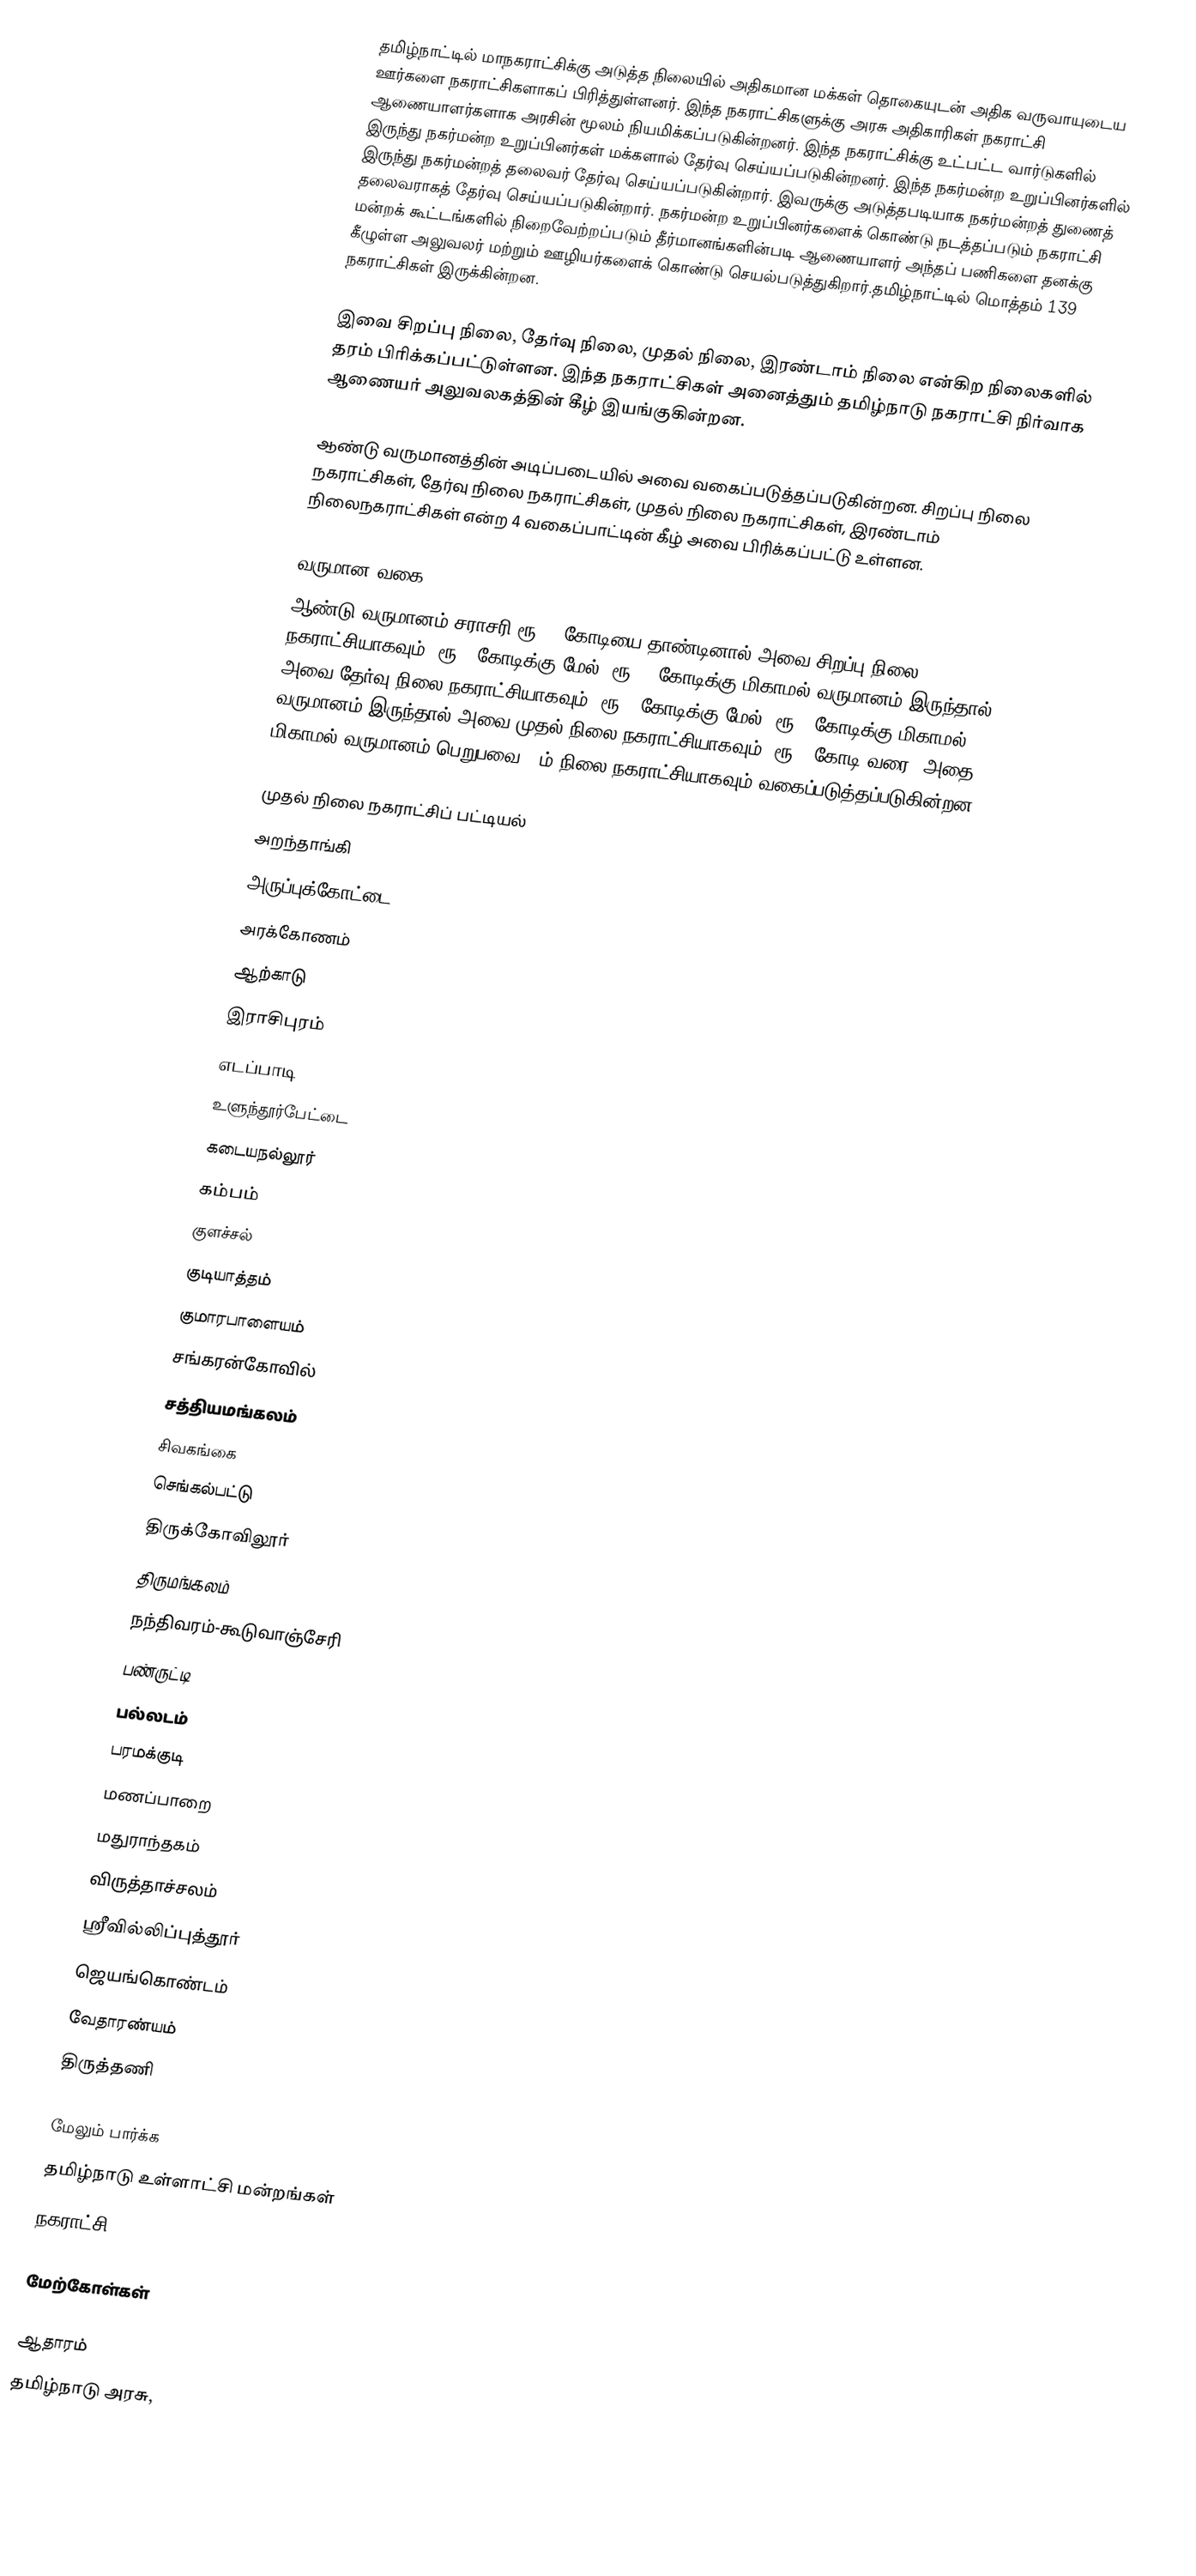
தமிழ்நாட்டில் மாநகராட்சிக்கு அடுத்த நிலையில் அதிகமான மக்கள் தொகையுடன் அதிக வருவாயுடைய ஊர்களை நகராட்சிகளாகப் பிரித்துள்ளனர். இந்த நகராட்சிகளுக்கு அரசு அதிகாரிகள் நகராட்சி ஆணையாளர்களாக அரசின் மூலம் நியமிக்கப்படுகின்றனர். இந்த நகராட்சிக்கு உட்பட்ட வார்டுகளில் இருந்து நகர்மன்ற உறுப்பினர்கள் மக்களால் தேர்வு செய்யப்படுகின்றனர். இந்த நகர்மன்ற உறுப்பினர்களில் இருந்து நகர்மன்றத் தலைவர் தேர்வு செய்யப்படுகின்றார். இவருக்கு அடுத்தபடியாக நகர்மன்றத் துணைத் தலைவராகத் தேர்வு செய்யப்படுகின்றார். நகர்மன்ற உறுப்பினர்களைக் கொண்டு நடத்தப்படும் நகராட்சி மன்றக் கூட்டங்களில் நிறைவேற்றப்படும் தீர்மானங்களின்படி ஆணையாளர் அந்தப் பணிகளை தனக்கு கீழுள்ள அலுவலர் மற்றும் ஊழியர்களைக் கொண்டு செயல்படுத்துகிறார்.தமிழ்நாட்டில் மொத்தம் 139 நகராட்சிகள் இருக்கின்றன.

இவை சிறப்பு நிலை, தேர்வு நிலை, முதல் நிலை, இரண்டாம் நிலை என்கிற நிலைகளில் தரம் பிரிக்கப்பட்டுள்ளன. இந்த நகராட்சிகள் அனைத்தும் தமிழ்நாடு நகராட்சி நிர்வாக ஆணையர் அலுவலகத்தின் கீழ் இயங்குகின்றன.

ஆண்டு வருமானத்தின் அடிப்படையில் அவை வகைப்படுத்தப்படுகின்றன. சிறப்பு நிலை நகராட்சிகள், தேர்வு நிலை நகராட்சிகள், முதல் நிலை நகராட்சிகள், இரண்டாம்  நிலைநகராட்சிகள் என்ற 4 வகைப்பாட்டின் கீழ் அவை பிரிக்கப்பட்டு உள்ளன.

வருமான வகை
ஆண்டு வருமானம் சராசரி ரூ.10 கோடியை தாண்டினால் அவை சிறப்பு நிலை நகராட்சியாகவும், ரூ.6 கோடிக்கு மேல், ரூ.10 கோடிக்கு மிகாமல் வருமானம் இருந்தால் அவை தேர்வு நிலை நகராட்சியாகவும், ரூ.4 கோடிக்கு மேல், ரூ.6 கோடிக்கு மிகாமல் வருமானம் இருந்தால் அவை முதல் நிலை நகராட்சியாகவும், ரூ.4 கோடி வரை, அதை மிகாமல் வருமானம் பெறுபவை 2-ம் நிலை நகராட்சியாகவும் வகைப்படுத்தப்படுகின்றன.

முதல் நிலை நகராட்சிப் பட்டியல்
அறந்தாங்கி
அருப்புக்கோட்டை
அரக்கோணம்
ஆற்காடு
இராசிபுரம்
எடப்பாடி
உளுந்தூர்பேட்டை
கடையநல்லூர்
கம்பம்
குளச்சல்
குடியாத்தம்
குமாரபாளையம்
சங்கரன்கோவில்
சத்தியமங்கலம்
சிவகங்கை
செங்கல்பட்டு
திருக்கோவிலூர்
திருமங்கலம்
நந்திவரம்-கூடுவாஞ்சேரி
பண்ருட்டி
பல்லடம்
பரமக்குடி
மணப்பாறை
மதுராந்தகம்
விருத்தாச்சலம்
ஸ்ரீவில்லிப்புத்தூர்
ஜெயங்கொண்டம்
வேதாரண்யம்
திருத்தணி

மேலும் பார்க்க
 தமிழ்நாடு உள்ளாட்சி மன்றங்கள்
 நகராட்சி

மேற்கோள்கள்

ஆதாரம்
 தமிழ்நாடு அரசு,